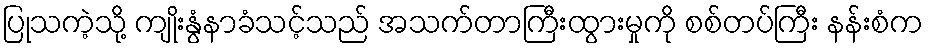
ပြုသကဲ့သို့ ကျိုးနွံနာခံသင့်သည် အသက်တာကြီးထွားမှုကို စစ်တပ်ကြီး နန်းစံက